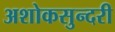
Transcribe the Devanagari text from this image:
अशोकसुन्दरी